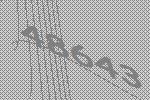
48643